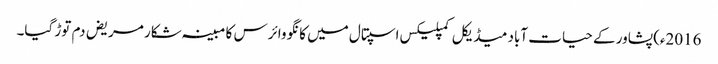
2016ء)پشاور کے حیات آباد میڈیکل کمپلیکس اسپتال میں کانگو وائرس کا مبینہ شکار مریض دم توڑ گیا۔